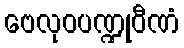
ဗေလုဝပဏ္ဍုဝီဏံ